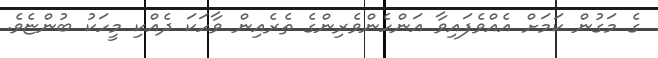
ގެ މަގުން ކަމަށް އެއްވެފައިވާ އަންހެންވެރިންގެ ތެރެއިން ވާހަކަ ދެއްކި މީހަކު ބުންޏެވެ.